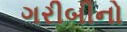
ગરીબીનો